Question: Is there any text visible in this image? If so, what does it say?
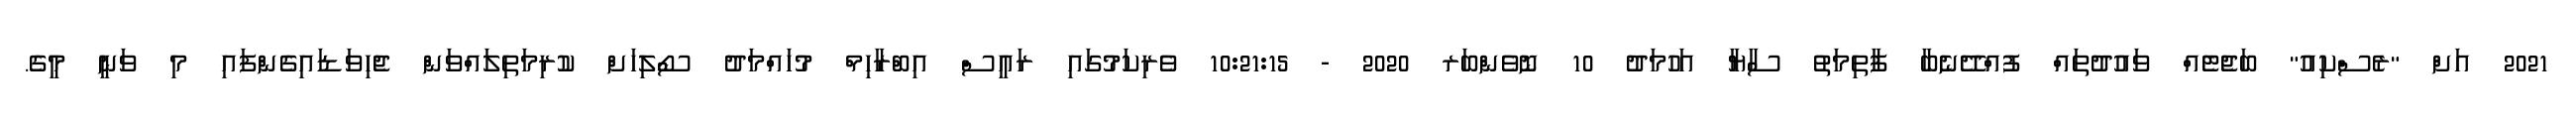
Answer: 2021 އަށް "ރެސްކިއު" ބަޖެޓެއް ވައުދުތައް ފުއްދޭނެބާ ފާތިމަތު ސާޔާ އަހުމަދު 10 ނޮވެންބަރ 2020 - 10:21:15 ވެރިކަމުގައި ރައީސް އިބްރާހިމް މުހައްމަދު ސޯލިހަށް ކުރިމަތިލައްވަން ޖެހިވަޑައިގެންފައި މި ވަނީ މީގެ.